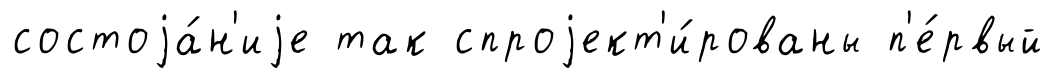
состоjа́н'иjе так спроjект'и́рованы п'е́рвый